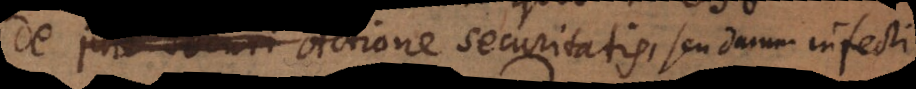
securi Actione securitatis, seu damni infecti.